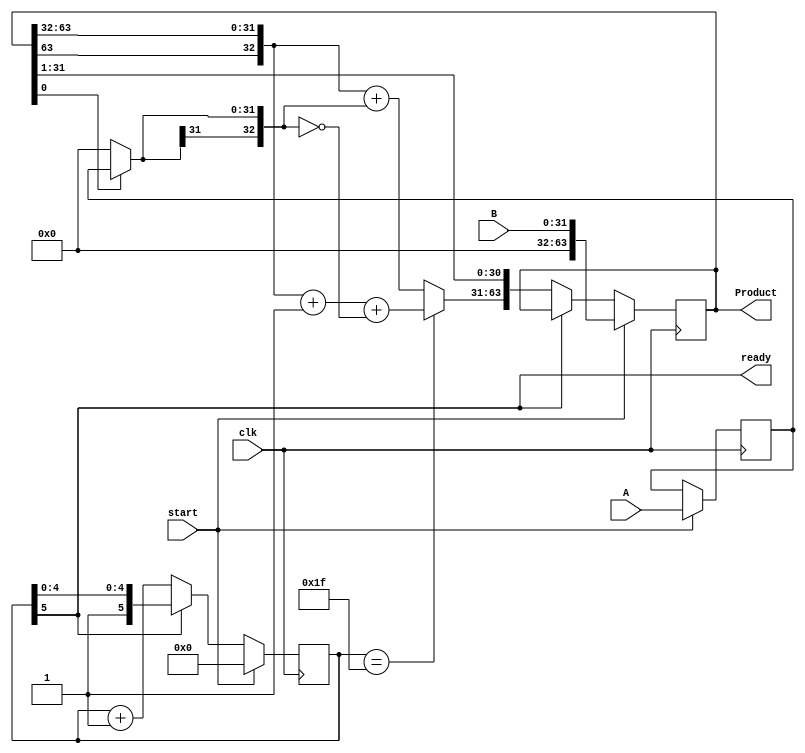
`timescale 1ns/1ns
module multiplier4#(parameter nb = 32)
(
//---------------------Port directions and deceleration
   input clk,  
   input start,
   input [nb-1:0] A,
   input [nb-1:0] B, 
   output reg signed [(2*nb)-1:0] Product,
   output ready
    );




//----------------------------------------------------

//--------------------------------- register deceleration
reg [nb-1:0] Multiplicand;
reg [$clog2(nb):0] counter;
//-----------------------------------------------------

//----------------------------------- wire deceleration
wire [nb:0] adder_output;
wire c_out;
wire [nb-1:0] chose;
//-------------------------------------------------------

//------------------------------------ combinational logic
assign ready = counter[$clog2(nb)];
assign chose=Product[0] ? Multiplicand : {nb{1'b0}};
assign adder_output =counter==(nb-1)?    {Product[(2*nb)-1],Product[(2*nb)-1:nb]} +1+~{chose[nb-1],chose} :   {Product[(2*nb)-1],Product[(2*nb)-1:nb]} + {chose[nb-1],chose};
//-------------------------------------------------------

//------------------------------------- sequential Logic
always @ (posedge clk)

   if(start) begin
      counter <= {(nb/2){1'b0}} ;
      Multiplicand <= A;
      Product <= {{nb{1'b0}}, B};
   end

   else if(! ready) begin
         Product <= { adder_output, Product[nb-1:1]};
         counter <= counter + 1;
   end   

endmodule